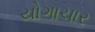
યોગાચાર